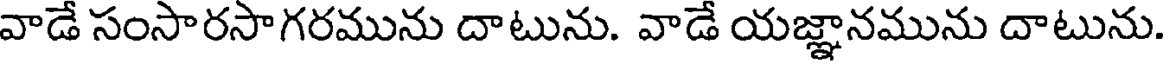
వాడే సంసారసాగరమును దాటును. వాడే యజ్ఞానమును దాటును.